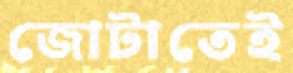
জোটাতেই